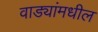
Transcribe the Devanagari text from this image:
वाड्यांमधील